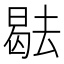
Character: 𭧑